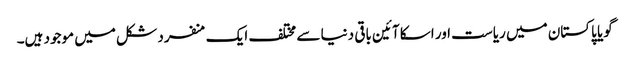
گویا پاکستان میں ریاست اور اسکا آئین باقی دنیا سے مختلف ایک منفرد شکل میں موجود ہیں۔